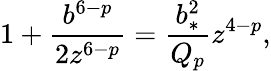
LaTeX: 1+{\frac{b^{6-p}}{2z^{6-p}}}={\frac{b_{*}^{2}}{Q_{p}}}z^{4-p},